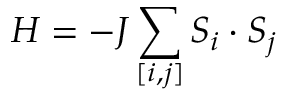
H = - J \sum _ { [ i , j ] } S _ { i } \cdot S _ { j }